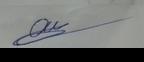
Signature authenticity: genuine